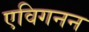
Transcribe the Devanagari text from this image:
एविगनन